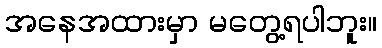
အနေအထားမှာ မတွေ့ရပါဘူး။